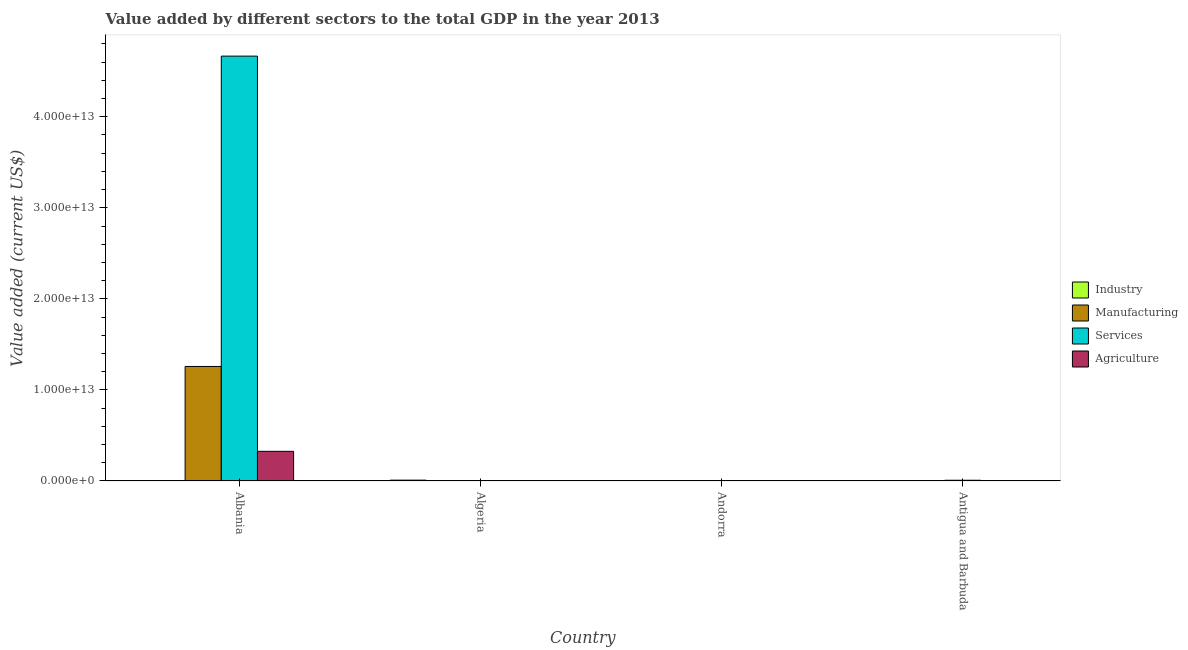
| Country | Industry | Manufacturing | Services | Agriculture |
 | --- | --- | --- | --- | --- |
 | Albania | 2.94e+09 | 1.26e+13 | 4.67e+13 | 3.26e+12 |
 | Algeria | 9.27e+10 | 2.36e+09 | 1.08e+10 | 4.69e+09 |
 | Andorra | 3.39e+08 | 6.22e+08 | 5.7e+09 | 2.51e+09 |
 | Antigua and Barbuda | 1.88e+08 | 1.03e+08 | 8.06e+10 | 2.07e+10 |